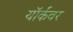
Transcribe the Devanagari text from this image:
यॉर्कवर